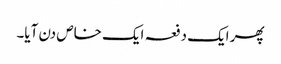
پھر ایک دفعہ ایک خاص دن آیا۔